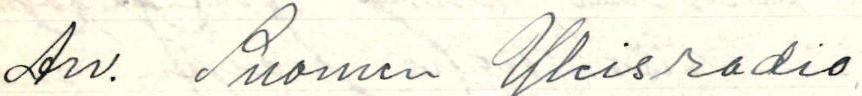
Arv. Suomen Yleisradio